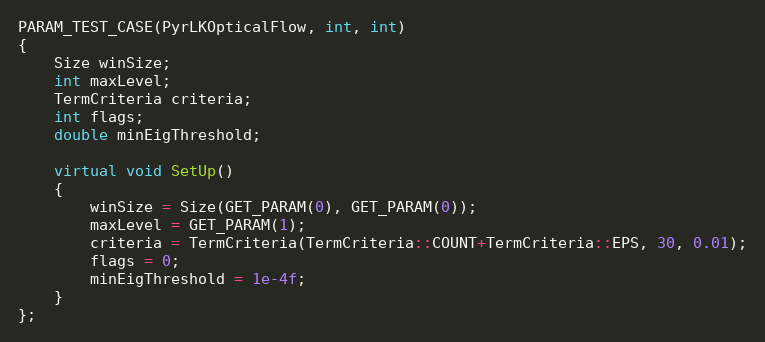
Language: C++
PARAM_TEST_CASE(PyrLKOpticalFlow, int, int)
{
    Size winSize;
    int maxLevel;
    TermCriteria criteria;
    int flags;
    double minEigThreshold;

    virtual void SetUp()
    {
        winSize = Size(GET_PARAM(0), GET_PARAM(0));
        maxLevel = GET_PARAM(1);
        criteria = TermCriteria(TermCriteria::COUNT+TermCriteria::EPS, 30, 0.01);
        flags = 0;
        minEigThreshold = 1e-4f;
    }
};